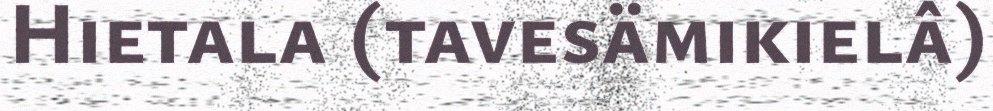
Hietala (tavesämikielâ)